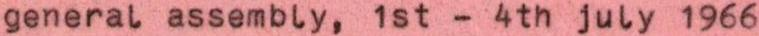
general assembly, 1st - 4th july 1966